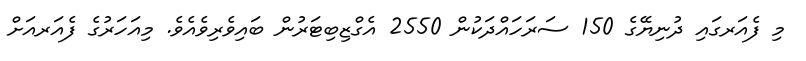
މި ފެއަރގައި ދުނިޔޭގެ 150 ސަރަހައްދަކުން 2550 އެގްޒިބިޓަރުން ބައިވެރިވެއެވެ. މިއަހަރުގެ ފެއަރއަށް